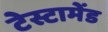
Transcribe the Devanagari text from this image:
टेस्टामेंड